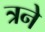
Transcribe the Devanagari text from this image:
त्रने